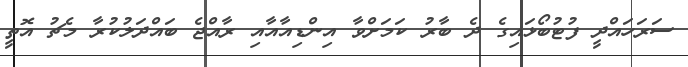
ސަރަހައްދީ ފުޓުބޯޅައިގެ ދެ ބާރު ކަމަށްވާ އިންޑިއާއާއި ރާއްޖެ ބައްދަލުކުރާ މެޗު އޮތީ